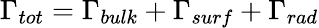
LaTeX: \Gamma_{tot}=\Gamma_{bulk}+\Gamma_{surf}+\Gamma_{rad}